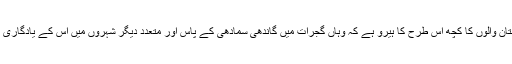
یہ دہشت گرد ہندوستان والوں کا کچھ اس طرح کا ہیرو ہے کہ وہاں گجرات میں گاندھی سمادھی کے پاس اور متعدد دیگر شہروں میں اس کے یادگاری مجسمے نصب ہیں۔